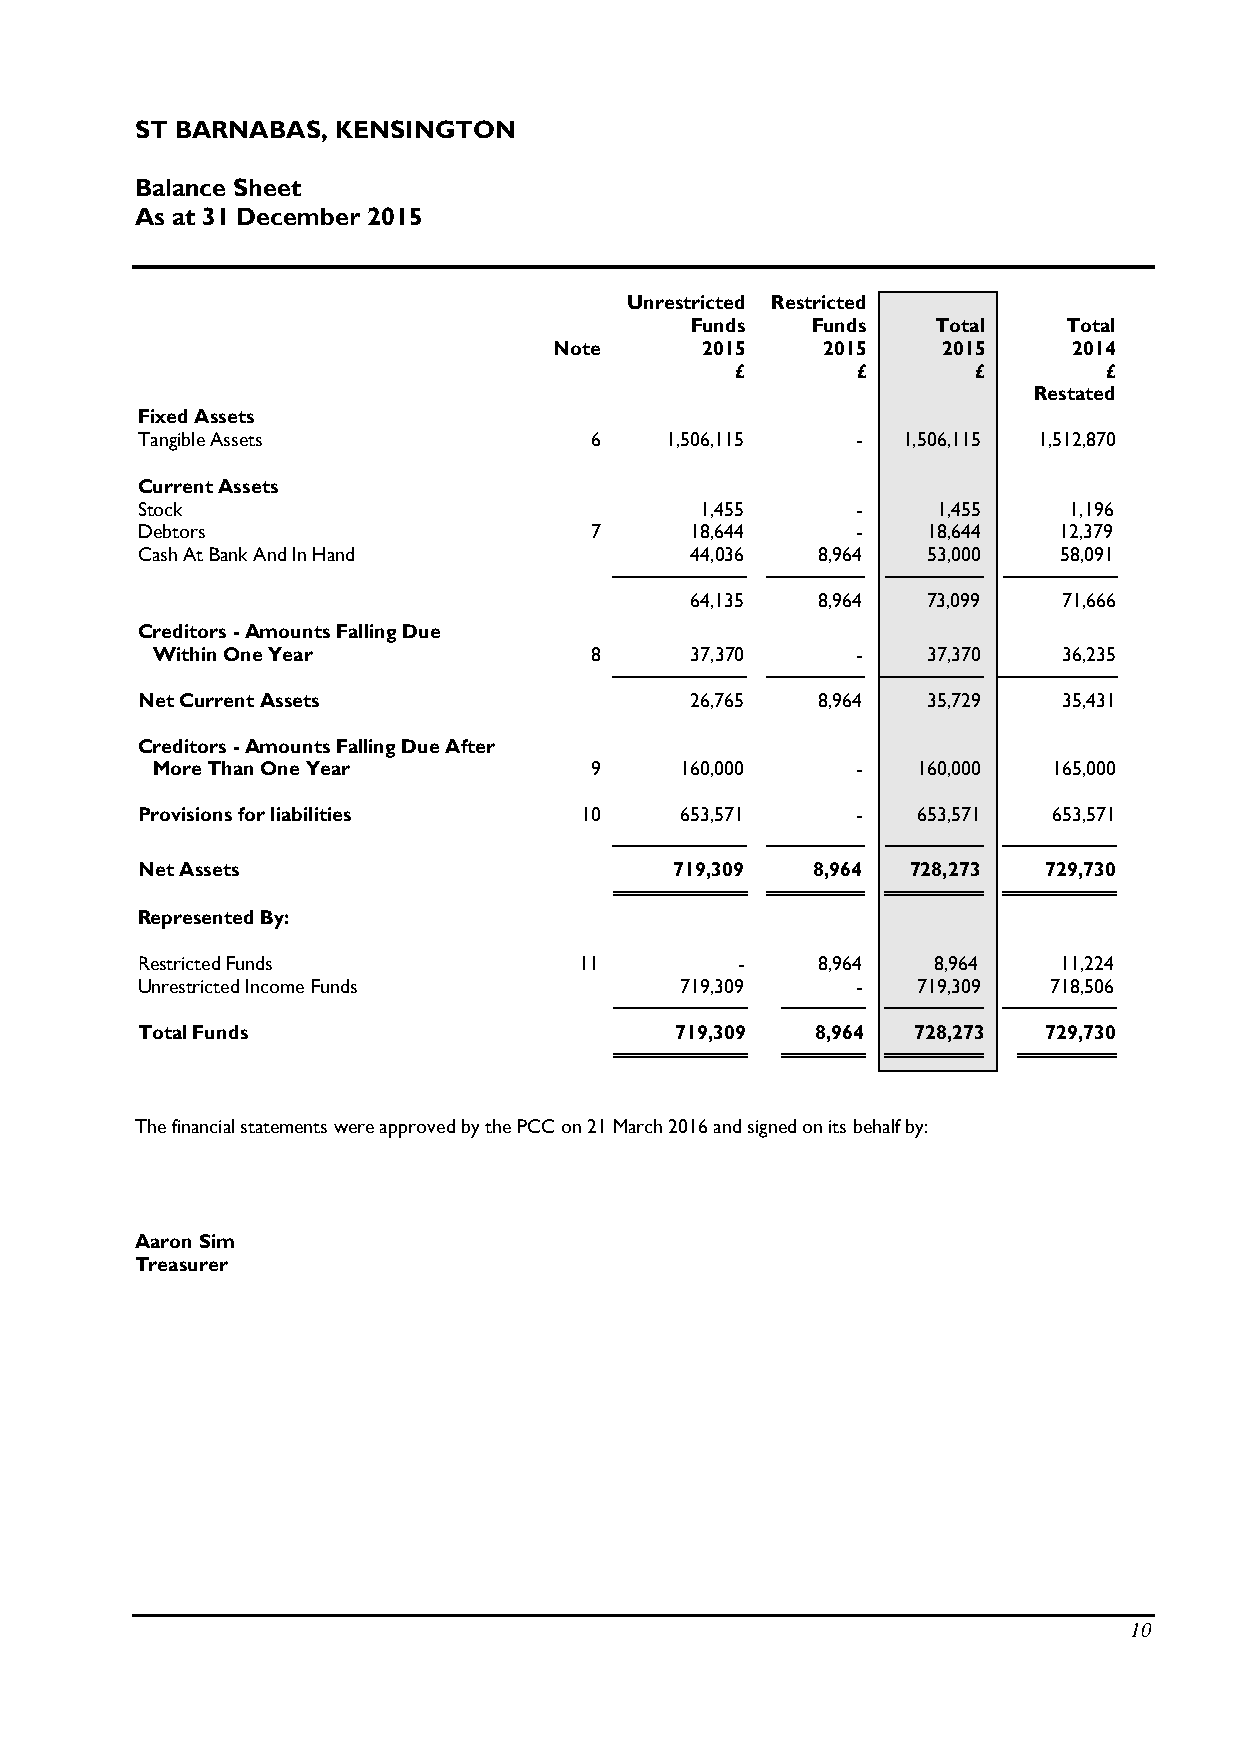
ST BARNABAS, KENSINGTON
 Balance Sheet
 As at 31 December 2015
 Unrestricted Restricted
 Funds   Funds   Total    Total
 Note     2015    2015    2015     2014
 £       £       £       £
 Restated
 Fixed Assets
 Tangible Assets               6    1,506,115    -  1,506,115 1,512,870
 Current Assets
 Stock                                1,455      -    1,455    1,196
 Debtors                       7      18,644     -   18,644   12,379
 Cash At Bank And In Hand             44,036  8,964  53,000   58,091
 64,135  8,964  73,099   71,666
 Creditors - Amounts Falling Due
 Within One Year              8      37,370     -   37,370   36,235
 Net Current Assets                   26,765  8,964  35,729   35,431
 Creditors - Amounts Falling Due After
 More Than One Year           9     160,000     -   160,000  165,000
 Provisions for liabilities   10     653,571     -   653,571  653,571
 Net Assets                          719,309  8,964 728,273  729,730
 Represented By:
 Restricted Funds             11         -    8,964   8,964   11,224
 Unrestricted Income Funds           719,309     -   719,309 718,506
 Total Funds                         719,309  8,964 728,273  729,730
 The financial statements were approved by the PCC on 21 March 2016 and signed on its behalf by:
 Aaron Sim
 Treasurer
 10